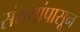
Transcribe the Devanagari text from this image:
संख्यांपासून